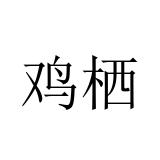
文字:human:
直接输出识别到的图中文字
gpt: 鸡栖